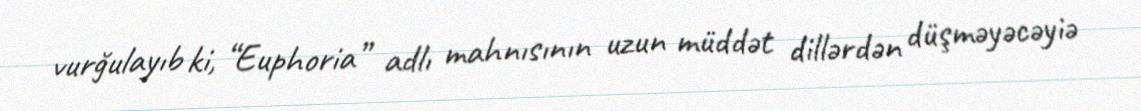
vurğulayıb ki, “Euphoria” adlı mahnısının uzun müddət dillərdən düşməyəcəyiə